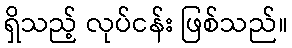
ရှိသည့် လုပ်ငန်း ဖြစ်သည်။